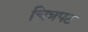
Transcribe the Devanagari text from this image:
चित्रपट